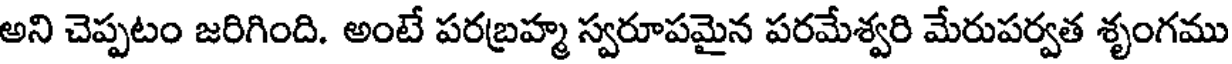
అని చెప్పటం జరిగింది. అంటే పరబ్రహ్మ స్వరూపమైన పరమేశ్వరి మేరుపర్వత శృంగము